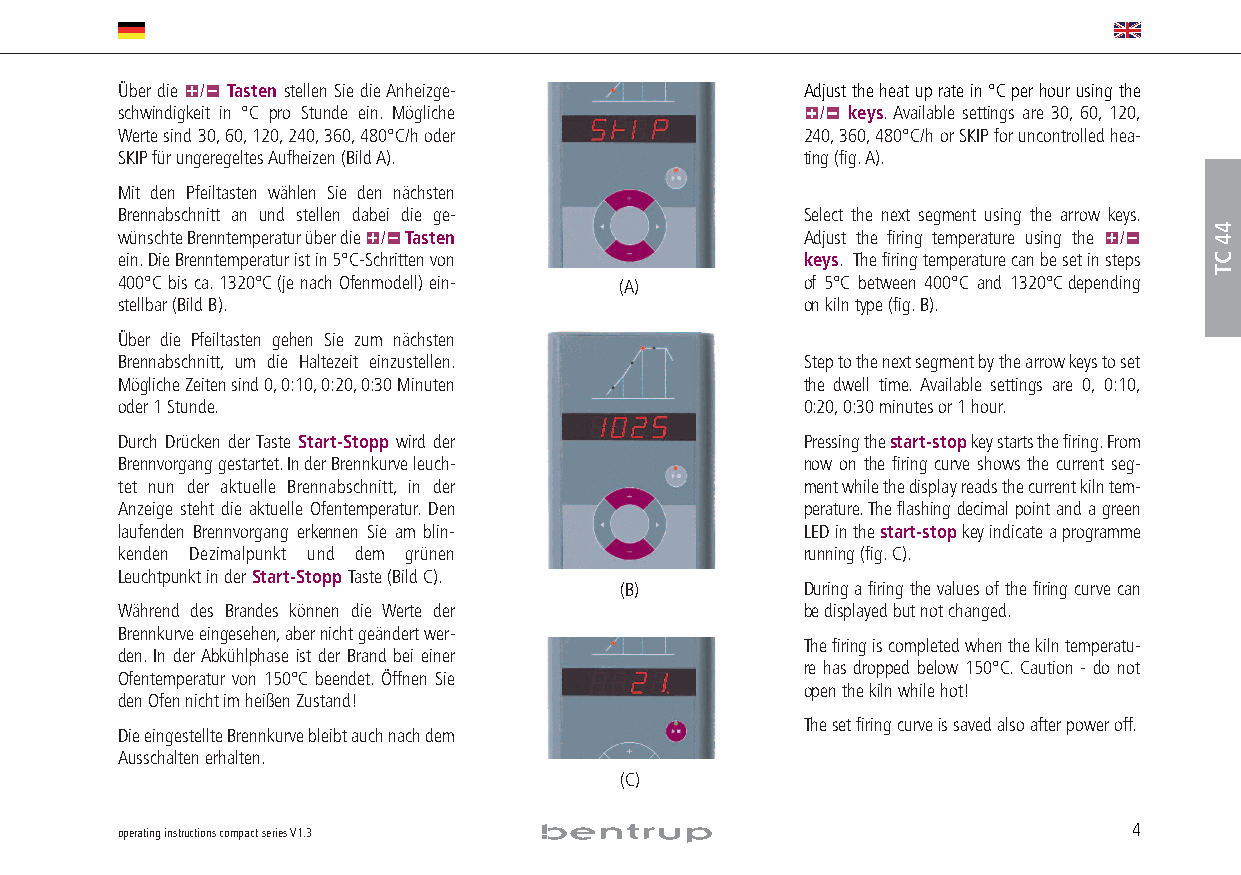
Über die / Tasten stellen Sie die Anheizge-  Adjust the heat up rate in °C per hour using the
 schwindigkeit in °C pro Stunde ein. Mögliche  / keys.Available settings are 30, 60, 120,
 Werte sind 30,60,120,240,360,480°C/h oder    240,360,480°C/h or SKIP for uncontrolled hea-
 SKIP für ungeregeltes Aufheizen (Bild A).    ting (fig.A).
 Mit den Pfeiltasten wählen Sie den nächsten
 Brennabschnitt an und stellen dabei die ge-  Select the next segment using the arrow keys.
 wünschte Brenntemperatur über die / Tasten   Adjust the firing temperature using the /
 ein.Die Brenntemperatur ist in 5°C-Schritten von keys. The firing temperature can be set in steps
 400°C bis ca.1320°C(je nach Ofenmodell) ein- (A) of 5°C between 400°C and 1320°Cdepending
 stellbar (Bild B).                           on kiln type (fig.B).
 Über die Pfeiltasten gehen Sie zum nächsten
 Brennabschnitt, um die Haltezeit einzustellen. Step to the next segment by the arrow keys to set
 Mögliche Zeiten sind 0,0:10,0:20,0:30 Minuten the dwell time. Available settings are 0, 0:10,
 oder 1 Stunde.                               0:20,0:30 minutes or 1 hour.
 Durch Drücken der Taste Start-Stopp wird der Pressing the start-stopkey starts the firing.From
 Brennvorgang gestartet.In der Brennkurve leuch- now on the firing curve shows the current seg-
 tet nun der aktuelle Brennabschnitt, in der  ment while the display reads the current kiln tem-
 Anzeige steht die aktuelle Ofentemperatur. Den perature.The flashing decimal point and a green
 laufenden Brennvorgang erkennen Sie am blin- LED in the start-stopkey indicate a programme
 kenden Dezimalpunkt und dem grünen           running (fig.C).
 Leuchtpunkt in der Start-Stopp Taste(Bild C).
 (B)         During a firing the values of the firing curve can
 Während des Brandes können die Werte der     be displayed but not changed.
 Brennkurve eingesehen,aber nicht geändert wer-
 The firing is completed when the kiln temperatu-
 den.In der Abkühlphase ist der Brand bei einer
 re has dropped below 150°C.Caution - do not
 Ofentemperatur von 150°C beendet. Öffnen Sie
 open the kiln while hot!
 den Ofen nicht im heißen Zustand!
 The set firing curve is saved also after power off.
 Die eingestellte Brennkurve bleibt auch nach dem
 Ausschalten erhalten.
 (C)
 operating instructions compact series V1.3                         4
 44
 CT